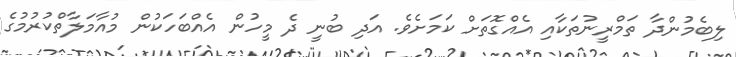
ލިބެމުންދާ ތަމްރީނުތަކާއި އެއްގޮތަށް ކަމަށެވެ. އަދި ބުނީ ދެ މީހުން އެއްބަހަކުން މުއާމަލާތްކުރުމުގެ